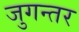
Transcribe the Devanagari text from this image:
जुगन्तर